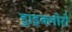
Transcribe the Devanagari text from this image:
ड्राइक्लोरो